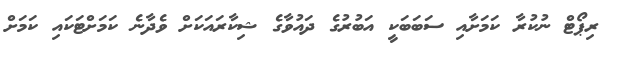
ރިޕޯޓް ނުކުރާ ކަމަށާއި ސަބަބަކީ އަބުރުގެ ދައުވާގެ ޝިކާރައަކަށް ވެދާނެ ކަމަށްޓަކައި ކަމަށް